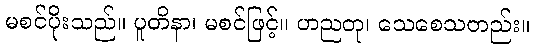
မစင်ပိုးသည်။ ပူတိနာ၊ မစင်ဖြင့်။ ဟညတု၊ သေစေသတည်း။